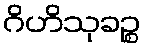
ဂိဟိသုခဉ္စ